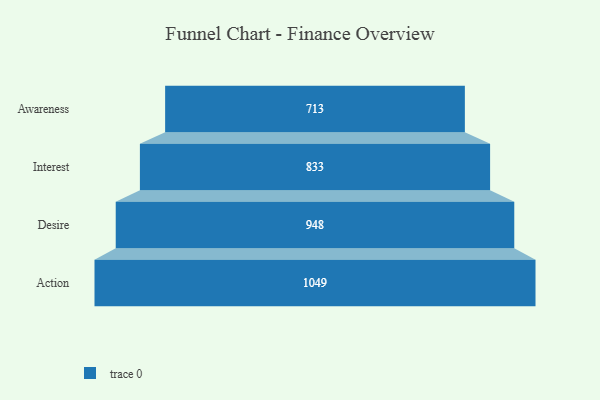
{"axis": {"x": "Stage", "y": "Value"}, "legend": [""], "data": [{"x": "Awareness", "y": 713.0, "type": ""}, {"x": "Interest", "y": 833.0, "type": ""}, {"x": "Desire", "y": 948.0, "type": ""}, {"x": "Action", "y": 1049.0, "type": ""}]}